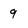
Character: 9